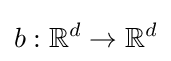
b:\mathbb {R} ^{d}\to \mathbb {R} ^{d}